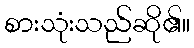
စားသုံးသည်ဆို၏။